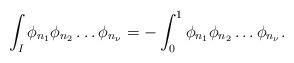
LaTeX: \begin{align*}\int_{I}\phi_{n_1}\phi_{n_2} \ldots \phi_{n_\nu}=-\int_0^1\phi_{n_1} \phi_{n_2}\ldots \phi_{n_\nu}.\end{align*}